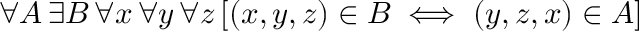
\forall A \, \exists B \, \forall x \, \forall y \, \forall z \, [ ( x , y , z ) \in B \iff ( y , z , x ) \in A ]